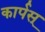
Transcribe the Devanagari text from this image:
कार्पस्